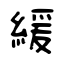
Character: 緩